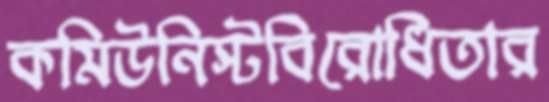
কমিউনিস্টবিরোধিতার